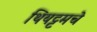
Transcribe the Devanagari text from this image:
थियट्टमचे